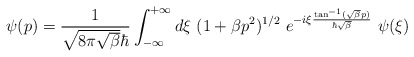
\begin{align*}\psi(p) = \frac{1}{\sqrt{8\pi\sqrt{\beta}}\hbar} \int_{-\infty}^{+\infty} d{\xi} {\mbox{ }} (1+\beta p^2)^{1/2} {\mbox{ }} e^{-i{\xi}\frac{\tan^{-1}(\sqrt{\beta} p)}{\hbar \sqrt{\beta}}}{\mbox{ }} \psi({\xi})\end{align*}